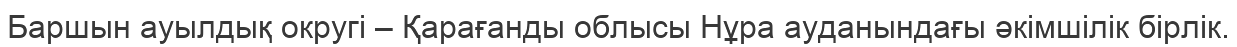
Баршын ауылдық округі – Қарағанды облысы Нұра ауданындағы әкімшілік бірлік.